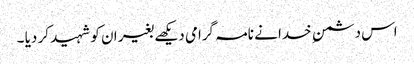
اس دشمن ِ خدا نے نامہ گرامی دیکھے بغیر ان کو شہید کر دیا ۔